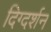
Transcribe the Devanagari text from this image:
दिग्‍दर्शन